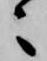
々